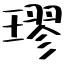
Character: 璆